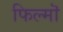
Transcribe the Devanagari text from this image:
फिल्मॊ